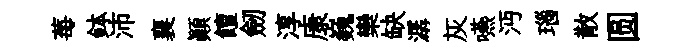
莓鉢沛襄顛饘劒淳康巍欒缺潺灰嚥沔瑙散圆